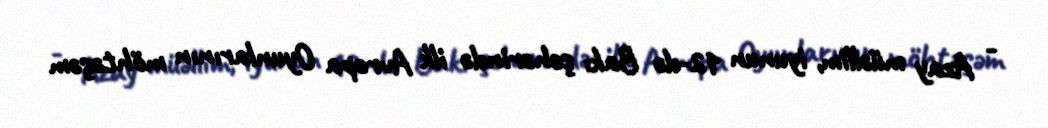
- Azay müəllim, iyunun 12-də Bakı şəhərində ilk Avropa Oyunlarının möhtəşəm